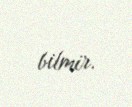
bilmir.